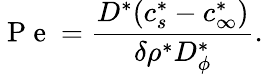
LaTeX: \mathrm{~P~e~}=\frac{D^{*}(c_{s}^{*}-c_{\infty}^{*})}{\delta\rho^{*}D_{\phi}^{*}}.